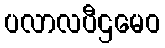
ပလာလပီဌမေဝ